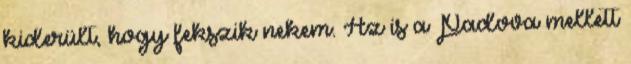
kiderült, hogy fekszik nekem. Az is a Padova mellett